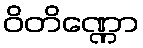
ဝိတိဏ္ဏော